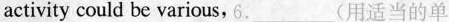
activity could be various,6.___(用适当的单